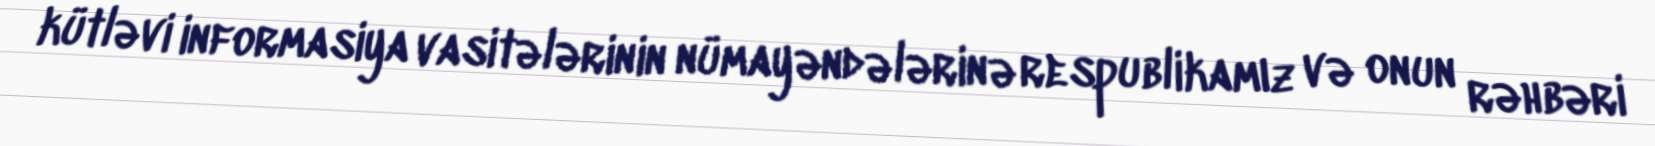
kütləvi informasiya vasitələrinin nümayəndələrinə respublikamız və onun rəhbəri